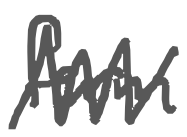
Text: form
Cross-out: zig-zag
Writing tool: digital_gray